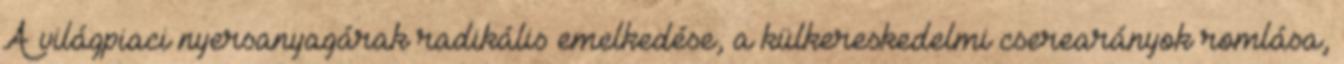
A világpiaci nyersanyagárak radikális emelkedése, a külkereskedelmi cserearányok romlása,